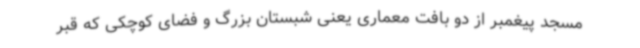
مسجد پیغمبر از دو بافت معماری یعنی شبستان بزرگ و فضای کوچکی که قبر